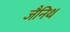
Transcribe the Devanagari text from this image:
जैनिथ